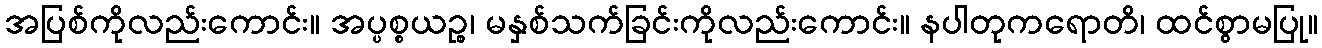
အပြစ်ကိုလည်းကောင်း။ အပ္ပစ္စယဉ္စ၊ မနှစ်သက်ခြင်းကိုလည်းကောင်း။ နပါတုကရောတိ၊ ထင်စွာမပြု။